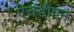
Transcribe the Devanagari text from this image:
एचडीएन